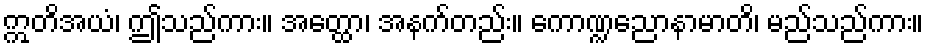
ဣတိအယံ၊ ဤသည်ကား။ အတ္ထော၊ အနက်တည်း။ ကောဏ္ဍညောနာမာတိ၊ မည်သည်ကား။